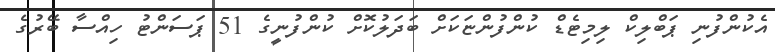
އެކުންފުނި ޕަބްލިކް ލިމިޓެޑް ކުންފުންޏަކަށް ބަދަލުކޮށް ކުންފުނީގެ 51 ޕަސަންޓު ހިއްސާ ބޭރުގެ